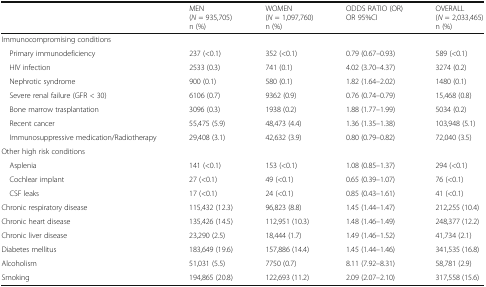
<table><thead><tr><td></td><td><b>MEN(<i>N</i> = 935,705)n (%)</b></td><td><b>WOMEN(<i>N</i> = 1,097,760)n (%)</b></td><td><b>ODDS RATIO (OR)OR 95%CI</b></td><td><b>OVERALL(<i>N</i> = 2,033,465)n (%)</b></td></tr></thead><tbody><tr><td colspan="5">Immunocompromising conditions</td></tr><tr><td> Primary immunodeficiency</td><td>237 (&lt;0.1)</td><td>352 (&lt;0.1)</td><td>0.79 (0.67–0.93)</td><td>589 (&lt;0.1)</td></tr><tr><td> HIV infection</td><td>2533 (0.3)</td><td>741 (0.1)</td><td>4.02 (3.70–4.37)</td><td>3274 (0.2)</td></tr><tr><td> Nephrotic syndrome</td><td>900 (0.1)</td><td>580 (0.1)</td><td>1.82 (1.64–2.02)</td><td>1480 (0.1)</td></tr><tr><td> Severe renal failure (GFR &lt; 30)</td><td>6106 (0.7)</td><td>9362 (0.9)</td><td>0.76 (0.74–0.79)</td><td>15,468 (0.8)</td></tr><tr><td> Bone marrow trasplantation</td><td>3096 (0.3)</td><td>1938 (0.2)</td><td>1.88 (1.77–1.99)</td><td>5034 (0.2)</td></tr><tr><td> Recent cancer</td><td>55,475 (5.9)</td><td>48,473 (4.4)</td><td>1.36 (1.35–1.38)</td><td>103,948 (5.1)</td></tr><tr><td> Immunosuppressive medication/Radiotherapy</td><td>29,408 (3.1)</td><td>42,632 (3.9)</td><td>0.80 (0.79–0.82)</td><td>72,040 (3.5)</td></tr><tr><td colspan="5">Other high risk conditions</td></tr><tr><td> Asplenia</td><td>141 (&lt;0.1)</td><td>153 (&lt;0.1)</td><td>1.08 (0.85–1.37)</td><td>294 (&lt;0.1)</td></tr><tr><td> Cochlear implant</td><td>27 (&lt;0.1)</td><td>49 (&lt;0.1)</td><td>0.65 (0.39–1.07)</td><td>76 (&lt;0.1)</td></tr><tr><td> CSF leaks</td><td>17 (&lt;0.1)</td><td>24 (&lt;0.1)</td><td>0.85 (0.43–1.61)</td><td>41 (&lt;0.1)</td></tr><tr><td>Chronic respiratory disease</td><td>115,432 (12.3)</td><td>96,823 (8.8)</td><td>1.45 (1.44–1.47)</td><td>212,255 (10.4)</td></tr><tr><td>Chronic heart disease</td><td>135,426 (14.5)</td><td>112,951 (10.3)</td><td>1.48 (1.46–1.49)</td><td>248,377 (12.2)</td></tr><tr><td>Chronic liver disease</td><td>23,290 (2.5)</td><td>18,444 (1.7)</td><td>1.49 (1.46–1.52)</td><td>41,734 (2.1)</td></tr><tr><td>Diabetes mellitus</td><td>183,649 (19.6)</td><td>157,886 (14.4)</td><td>1.45 (1.44–1.46)</td><td>341,535 (16.8)</td></tr><tr><td>Alcoholism</td><td>51,031 (5.5)</td><td>7750 (0.7)</td><td>8.11 (7.92–8.31)</td><td>58,781 (2.9)</td></tr><tr><td>Smoking</td><td>194,865 (20.8)</td><td>122,693 (11.2)</td><td>2.09 (2.07–2.10)</td><td>317,558 (15.6)</td></tr></tbody></table>